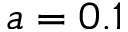
a = 0 . 1